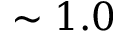
\sim 1 . 0